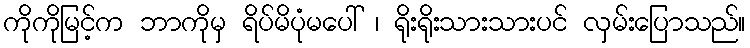
ကိုကိုမြင့်က ဘာကိုမှ ရိပ်မိပုံမပေါ် ၊ ရိုးရိုးသားသားပင် လှမ်းပြောသည်။